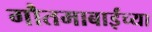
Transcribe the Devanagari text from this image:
गौतमाबाईंच्या